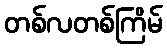
တစ်လတစ်ကြိမ်